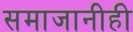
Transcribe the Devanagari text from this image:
समाजानीही